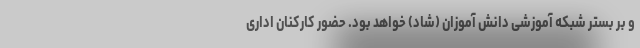
و بر بستر شبکه آموزشی دانش آموزان (شاد) خواهد بود. حضور کارکنان اداری